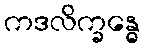
ကဒလိက္ခန္ဓေ